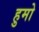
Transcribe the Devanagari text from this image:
हुमो